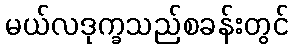
မယ်လဒုက္ခသည်စခန်းတွင်